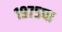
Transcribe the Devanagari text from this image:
१९७५चा